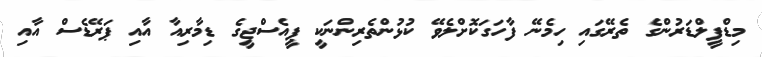
މިޑްފީލްޑަރުންގެ ތެރޭގައި ހިމެނޭ ފާހަގަކޮށްލެވޭ ކުޅުންތެރިންނަކީ ޕީއެސްޖީގެ ޑިމާރިއާ އާއި ޕަރޭޑެސް އާއި